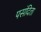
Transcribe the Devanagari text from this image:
पसंदिता